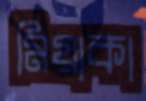
মিয়াকা